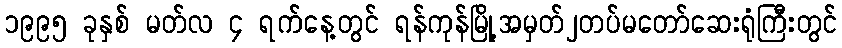
၁၉၉၅ ခုနှစ် မတ်လ ၄ ရက်နေ့တွင် ရန်ကုန်မြို့အမှတ်၂တပ်မတော်ဆေးရုံကြီးတွင်